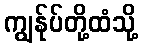
ကျွန်ုပ်တို့ထံသို့